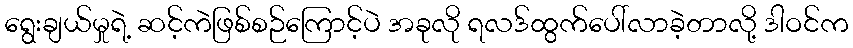
ရွေးချယ်မှုရဲ့ ဆင့်ကဲဖြစ်စဉ်ကြောင့်ပဲ အခုလို ရလဒ်ထွက်ပေါ်လာခဲ့တာလို့ ဒါဝင်က